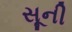
સૂની